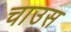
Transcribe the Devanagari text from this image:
चाउस